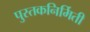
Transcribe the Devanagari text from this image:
पुस्तकनिर्मिती